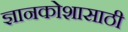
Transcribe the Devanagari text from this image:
ज्ञानकोशासाठी